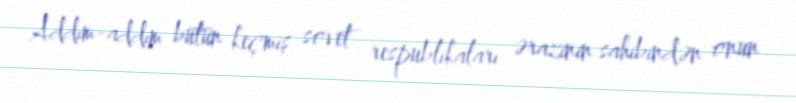
Addım-addım bütün keçmiş sovet respublikaları ərazinin sahibindən onun